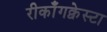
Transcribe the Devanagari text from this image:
रीकाँगक्वेस्टा